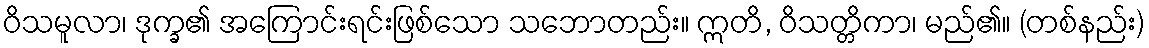
ဝိသမူလာ၊ ဒုက္ခ၏ အကြောင်းရင်းဖြစ်သော သဘောတည်း။ ဣတိ, ဝိသတ္တိကာ၊ မည်၏။ (တစ်နည်း)